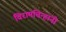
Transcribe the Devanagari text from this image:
विरामचिन्हांनी